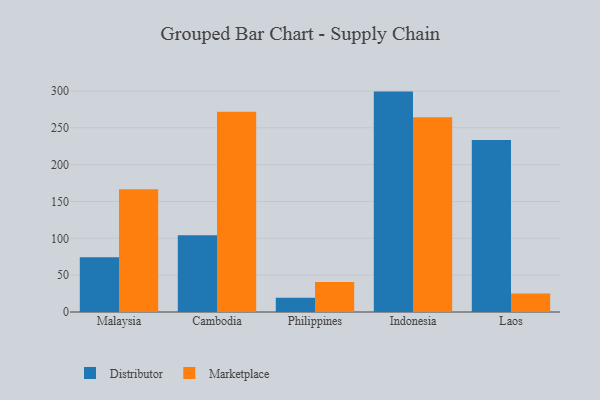
{"axis": {"x": "Country", "y": "Page Views"}, "legend": ["Distributor", "Marketplace"], "data": [{"x": "Malaysia", "y": 74.3, "type": "Distributor"}, {"x": "Malaysia", "y": 166.7, "type": "Marketplace"}, {"x": "Cambodia", "y": 104.1, "type": "Distributor"}, {"x": "Cambodia", "y": 271.6, "type": "Marketplace"}, {"x": "Philippines", "y": 19.4, "type": "Distributor"}, {"x": "Philippines", "y": 40.8, "type": "Marketplace"}, {"x": "Indonesia", "y": 299.1, "type": "Distributor"}, {"x": "Indonesia", "y": 264.4, "type": "Marketplace"}, {"x": "Laos", "y": 233.4, "type": "Distributor"}, {"x": "Laos", "y": 25.1, "type": "Marketplace"}]}